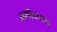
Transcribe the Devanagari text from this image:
क्षमीकरण